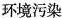
环境污染